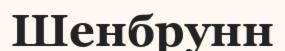
Шенбрунн